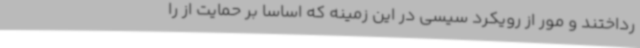
رداختند و مور از رویکرد سیسی در این زمینه که اساسا بر حمایت از را